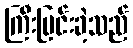
ကြီးပြင်းခဲ့သည်